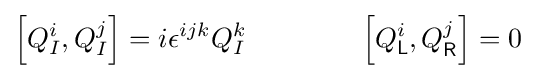
\left[Q_{I}^{i},Q_{I}^{j}\right]=i\epsilon ^{ijk}Q_{I}^{k}\qquad \qquad \left[Q_{\mathsf {L}}^{i},Q_{\mathsf {R}}^{j}\right]=0